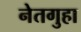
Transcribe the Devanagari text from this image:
नेतगुहा